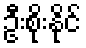
ဦးစိုးနိုင်